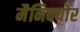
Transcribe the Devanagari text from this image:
मैनिक्योर